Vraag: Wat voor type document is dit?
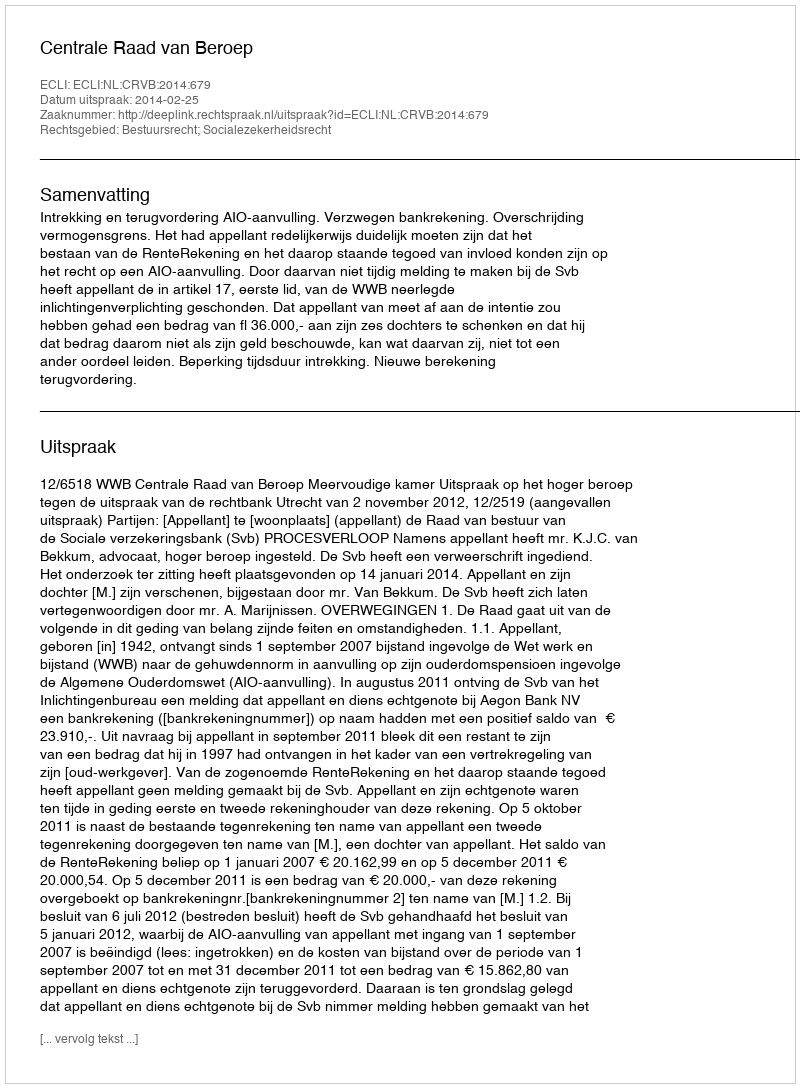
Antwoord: Uitspraak